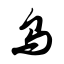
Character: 乌